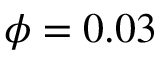
\phi = 0 . 0 3